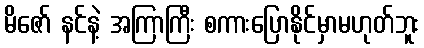
မိဇော် နင်နဲ့ အကြာကြီး စကားပြောနိုင်မှာမဟုတ်ဘူး